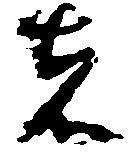
者